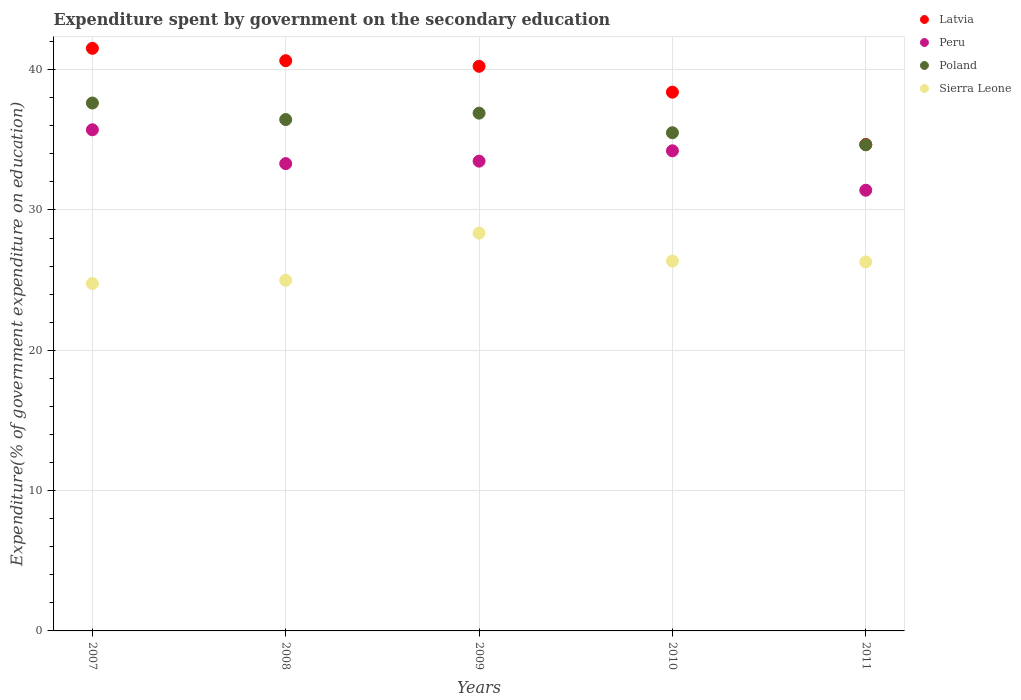
| Years | Latvia | Peru | Poland | Sierra Leone |
 | --- | --- | --- | --- | --- |
 | 2007 | 41.5 | 35.7 | 37.6 | 24.8 |
 | 2008 | 40.6 | 33.3 | 36.4 | 25 |
 | 2009 | 40.2 | 33.5 | 36.9 | 28.3 |
 | 2010 | 38.4 | 34.2 | 35.5 | 26.4 |
 | 2011 | 34.7 | 31.4 | 34.6 | 26.3 |